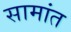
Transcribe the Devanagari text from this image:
सामांत